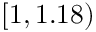
[ 1 , 1 . 1 8 )